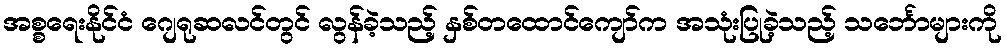
အစ္စရေးနိုင်ငံ ဂျေရုဆလင်တွင် လွန်ခဲ့သည့် နှစ်တထောင်ကျော်က အသုံးပြုခဲ့သည့် သင်္ဘောများကို